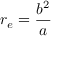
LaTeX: r _ { e } = { \frac { b ^ { 2 } } { a } }